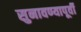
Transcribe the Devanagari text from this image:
सुनावण्यापूर्वी